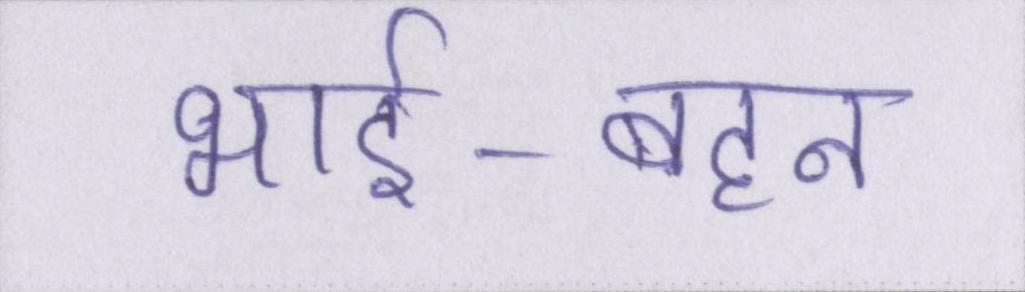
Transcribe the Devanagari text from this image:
भाई-बहन